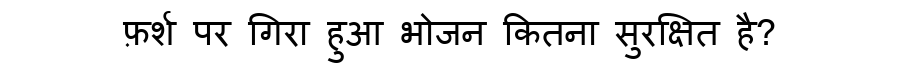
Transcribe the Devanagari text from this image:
फ़र्श पर गिरा हुआ भोजन कितना सुरक्षित है?